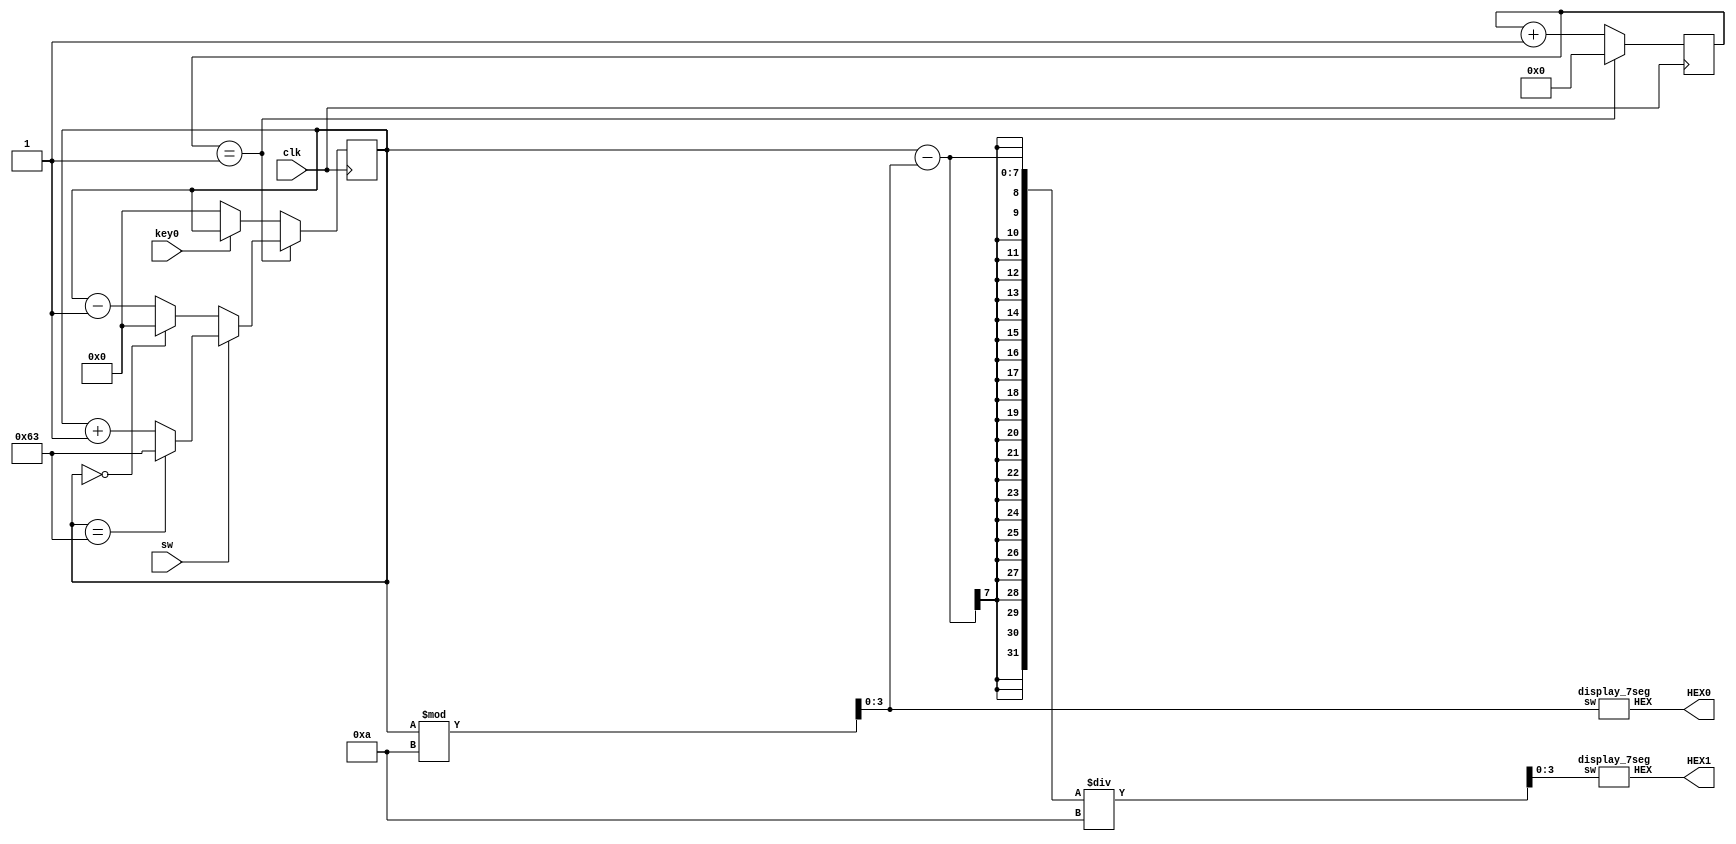
module L7part4(clk,key0,sw,HEX0,HEX1);

	input clk,key0,sw;
	output [0:6]HEX0,HEX1;
	
	reg [25:0]cnt;
	reg [6:0] second;
	wire [3:0] s1,s0;
	
	initial begin
	
	second =0;
	cnt = 0;
	end
	always @(posedge clk) begin
		
		cnt <= cnt + 1;
		
		if(key0 == 0) second <=0;
		
		if(cnt == 1) begin
		
			if(sw == 1) begin
			 if(second == 99) second <= 99;
			 else second <= second + 1;
			end
			
			else begin
				if (second == 0) second <=0;
				else second <= second -1;
			end
			
			cnt <= 0;
			
		end
		
	end	
	
	assign s0 = second % 10;
	assign s1 = (second - s0) / 10;
	
	display_7seg d1(s1,HEX1);
	display_7seg d0(s0,HEX0);
	
endmodule

module display_7seg(sw,HEX);

	input[3:0] sw;
	output [0:6]HEX;
	
	assign HEX = (sw == 4'b0000) ? 7'b0000001: //0
					 (sw == 4'b0001) ? 7'b1001111: //1
					 (sw == 4'b0010) ? 7'b0010010: //2
					 (sw == 4'b0011) ? 7'b0000110: //3
					 (sw == 4'b0100) ? 7'b1001100: //4
					 (sw == 4'b0101) ? 7'b0100100: //5
					 (sw == 4'b0110) ? 7'b0100000: //6
					 (sw == 4'b0111) ? 7'b0001101: //7
					 (sw == 4'b1000) ? 7'b0000000: //8
					 (sw == 4'b1001) ? 7'b0000100: //9
											 7'b1111111;
	
endmodule